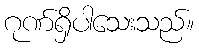
ဂုဏ်ရှိပါသေးသည်။